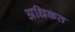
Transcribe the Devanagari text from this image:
अधिकत